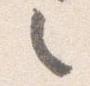
之